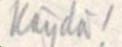
Käydä!